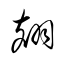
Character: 翅